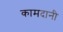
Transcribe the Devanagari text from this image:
कामदानी